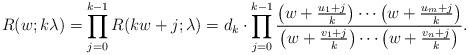
LaTeX: \begin{align*} R(w; k \lambda) = \prod_{j=0}^{k-1} R(k w + j; \lambda)= d_k \cdot \prod_{j=0}^{k-1} \dfrac{\left(w+ \frac{u_1 + j}{k}\right) \cdots \left(w+ \frac{u_m +j}{k}\right)}{\left(w+ \frac{v_1 + j}{k}\right) \cdots \left(w+ \frac{v_n +j}{k}\right)}. \end{align*}